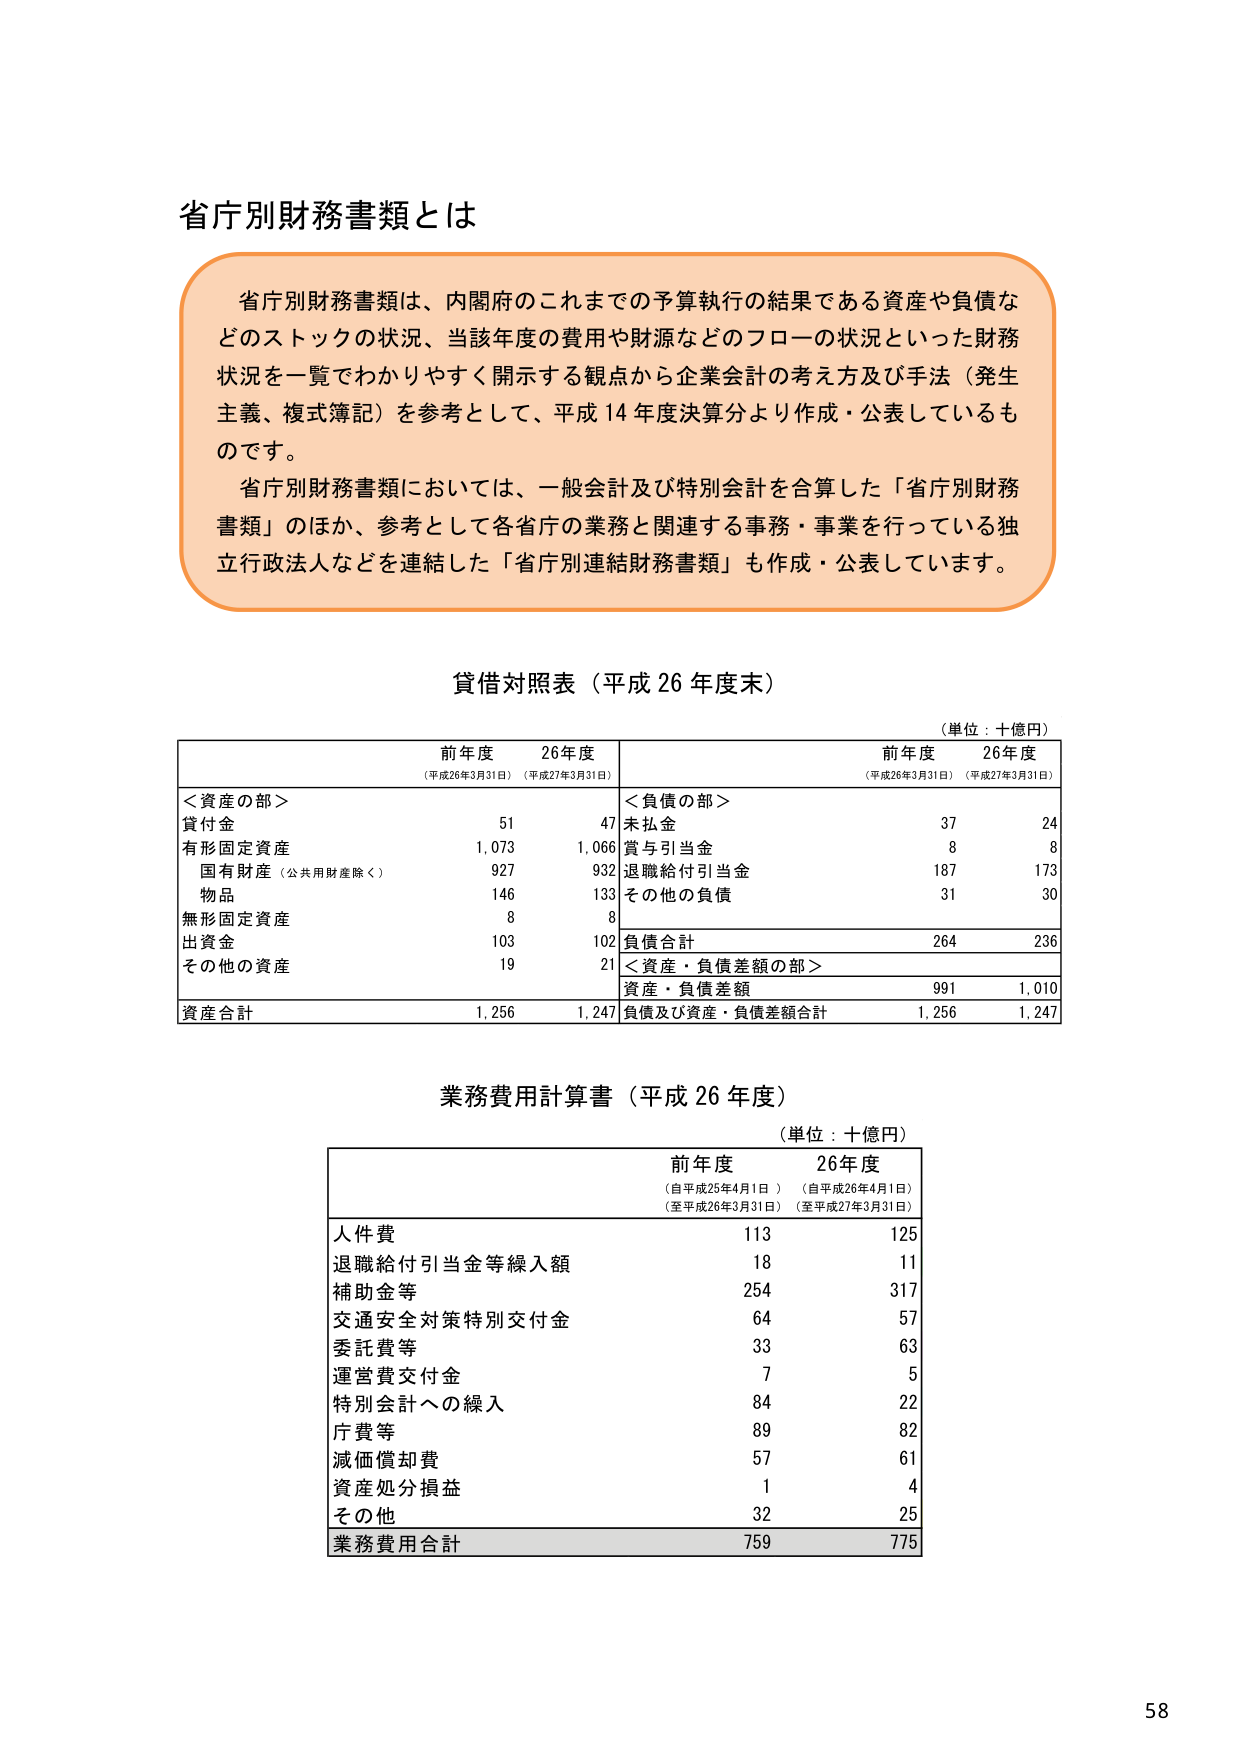
省庁別財務書類とは

省庁別財務書類は、内閣府のこれまでの予算執行の結果である資産や負債などのストックの状況、当該年度の費用や財源などのフローの状況といった財務状況を一覧でわかりやすく開示する観点から企業会計の考え方及び手法（発生主義、複式簿記）を参考として、平成14年度決算分より作成・公表しているものです。
省庁別財務書類においては、一般会計及び特別会計を合算した「省庁別財務書類」のほか、参考として各省庁の業務と関連する事務・事業を行っている独立行政法人などを連結した「省庁別連結財務書類」も作成・公表しています。

貸借対照表（平成26年度末）
（単位：十億円）

前年度（平成26年3月31日）　26年度（平成27年3月31日）
＜資産の部＞
　貸付金　　　　　　　　　　　　　51　　　47
　有形固定資産　　　　　　　　　1,073　　1,066
　　国有財産（公共用財産除く）　　927　　　932
　　物品　　　　　　　　　　　　　146　　　133
　無形固定資産　　　　　　　　　　8　　　　8
　出資金　　　　　　　　　　　　103　　　102
　その他の資産　　　　　　　　　　19　　　21
資産合計　　　　　　　　　　　1,256　　1,247

＜負債の部＞
　未払金　　　　　　　　　　　　37　　　24
　賞与引当金　　　　　　　　　　8　　　　8
　退職給付引当金　　　　　　　187　　　173
　その他の負債　　　　　　　　　31　　　30
負債合計　　　　　　　　　　　264　　　236

＜資産・負債差額の部＞
　資産・負債差額　　　　　　　991　　1,010
負債及び資産・負債差額合計　1,256　　1,247

業務費用計算書（平成26年度）
（単位：十億円）

前年度（自平成25年4月1日）（至平成26年3月31日）
26年度（自平成26年4月1日）（至平成27年3月31日）

人件費　　　　　　　　　　　　113　　　125
退職給付引当金等繰入額　　　　18　　　　11
補助金等　　　　　　　　　　　254　　　317
交通安全対策特別交付金　　　　64　　　　57
委託費等　　　　　　　　　　　33　　　　63
運営費交付金　　　　　　　　　7　　　　5
特別会計への繰入　　　　　　84　　　　22
庁費等　　　　　　　　　　　　89　　　　82
減価償却費　　　　　　　　　　57　　　　61
資産処分損益　　　　　　　　　1　　　　4
その他　　　　　　　　　　　　32　　　　25
業務費用合計　　　　　　　　　759　　　775

58